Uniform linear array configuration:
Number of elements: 8
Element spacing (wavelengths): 0.75
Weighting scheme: hann
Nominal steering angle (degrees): -60
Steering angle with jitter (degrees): -58.117
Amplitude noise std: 0.05
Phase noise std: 0.05

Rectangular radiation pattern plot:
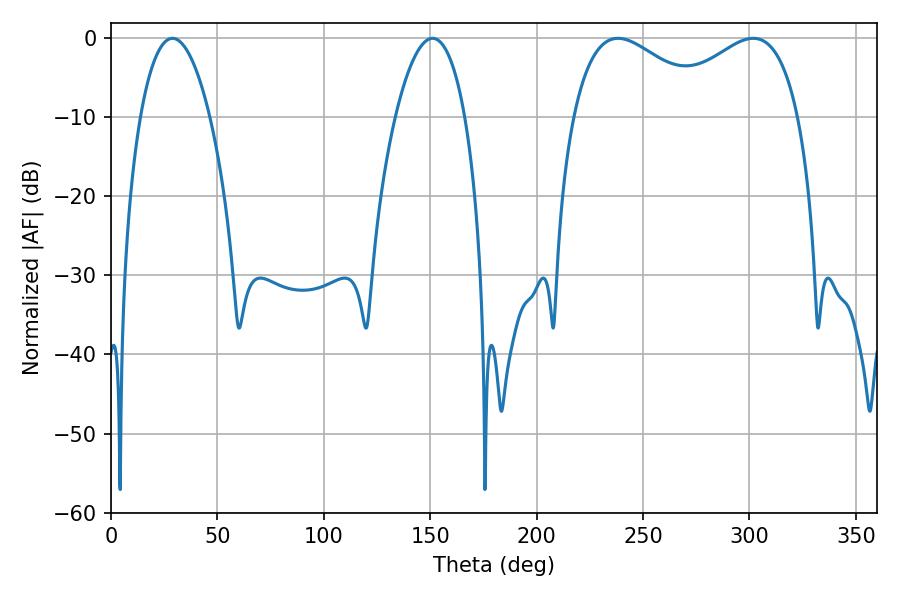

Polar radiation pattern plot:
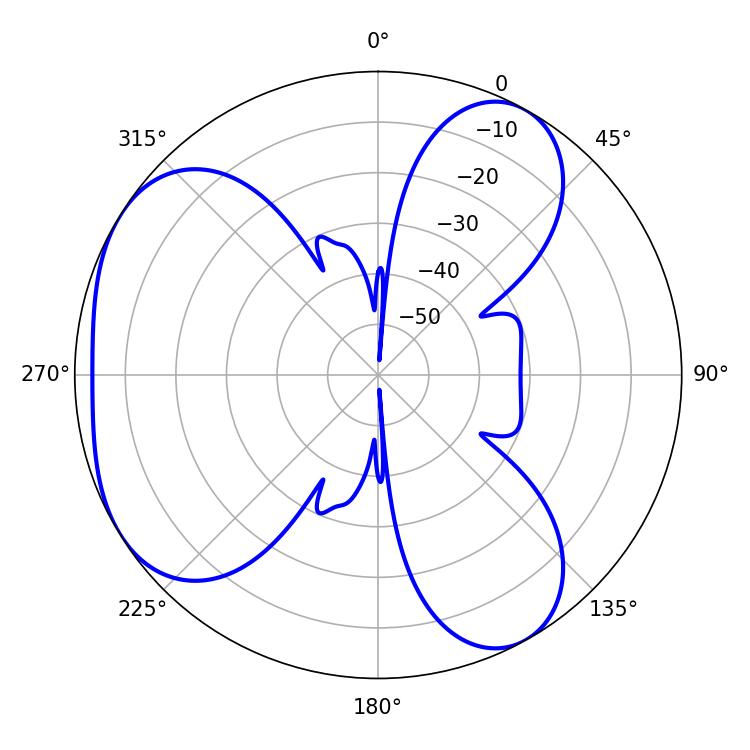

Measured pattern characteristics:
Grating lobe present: TRUE
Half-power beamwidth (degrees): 36.36
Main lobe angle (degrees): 238.14